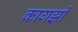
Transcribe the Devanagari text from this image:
कागझी